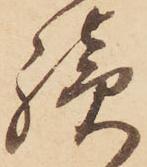
續